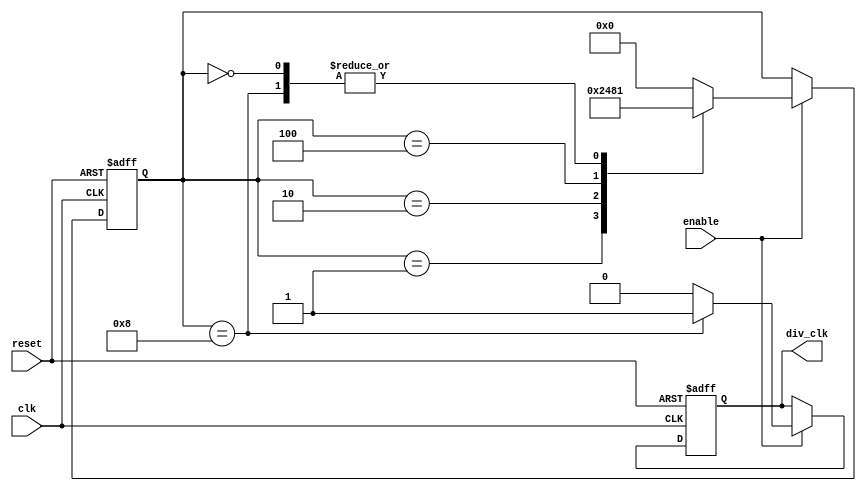
module johnson_counter_clock_divider (
    input wire clk,  // input clock signal
    input wire reset,  // reset signal
    input wire enable,  // enable signal
    output reg div_clk  // divided clock signal
);

reg [3:0] counter;

always @(posedge clk or posedge reset) begin
    if (reset) begin
        counter <= 4'b0000;
        div_clk <= 1'b0;
    end else if (enable) begin
        case (counter)
            4'b0000: begin
                counter <= 4'b0001;
                div_clk <= 1'b0;
            end
            4'b0001: begin
                counter <= 4'b0010;
                div_clk <= 1'b0;
            end
            4'b0010: begin
                counter <= 4'b0100;
                div_clk <= 1'b0;
            end
            4'b0100: begin
                counter <= 4'b1000;
                div_clk <= 1'b0;
            end
            4'b1000: begin
                counter <= 4'b0001;
                div_clk <= 1'b1;
            end
            default: begin
                counter <= 4'b0000;
                div_clk <= 1'b0;
            end
        endcase
    end
end

endmodule